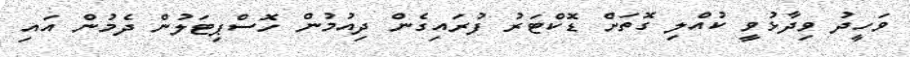
ވަހީދު ވިދާޅުވީ ކުއްލި ގޮތަށް ޑޮކްޓަރު ފުރައިގެން ދިއުމުން ހޮސްޕިޓަލުން ދެމުން އައި